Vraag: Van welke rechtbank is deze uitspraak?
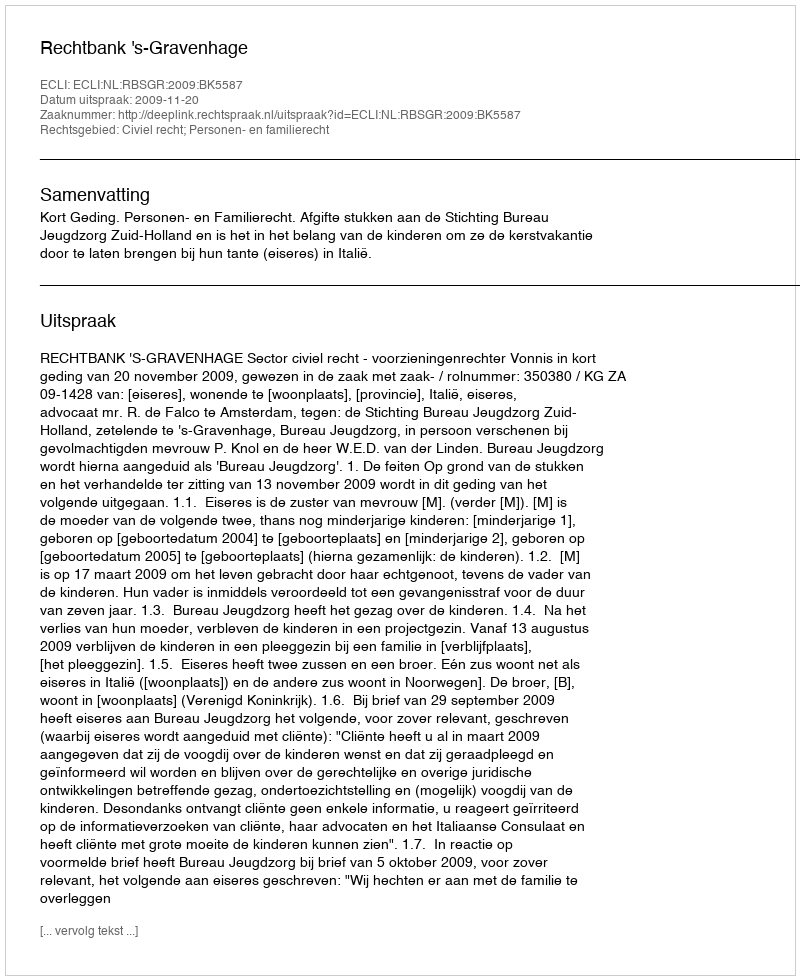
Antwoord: Rechtbank 's-Gravenhage